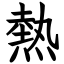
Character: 熱